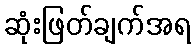
ဆုံးဖြတ်ချက်အရ